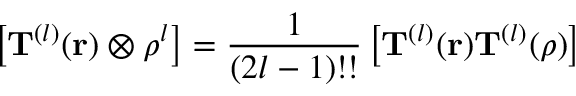
\left[ \mathbf { T } ^ { ( l ) } ( \mathbf { r } ) \otimes { \boldsymbol { \rho } } ^ { l } \right] = { \frac { 1 } { ( 2 l - 1 ) ! ! } } \left[ \mathbf { T } ^ { ( l ) } ( \mathbf { r } ) \mathbf { T } ^ { ( l ) } ( { \boldsymbol { \rho } } ) \right]